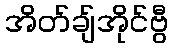
အိတ်ချ်အိုင်ဗွီ